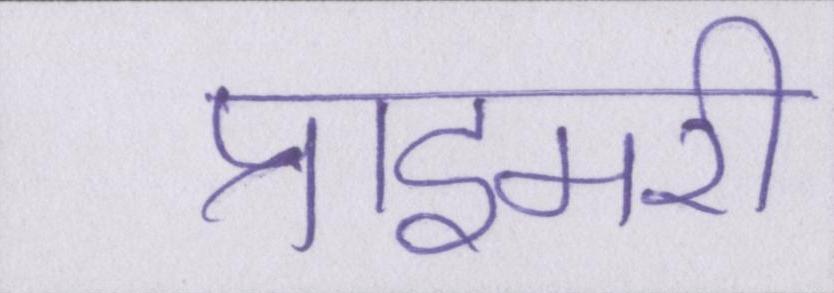
प्राइमरी